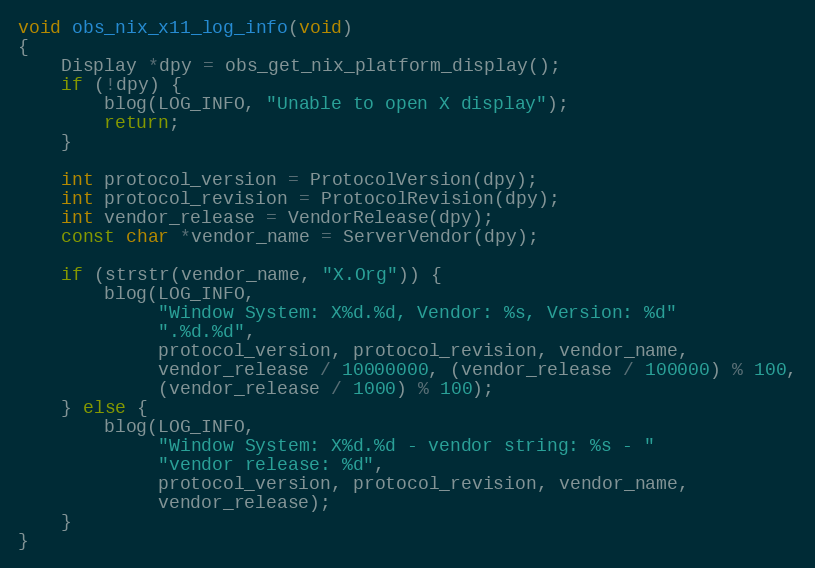
Language: C
void obs_nix_x11_log_info(void)
{
	Display *dpy = obs_get_nix_platform_display();
	if (!dpy) {
		blog(LOG_INFO, "Unable to open X display");
		return;
	}

	int protocol_version = ProtocolVersion(dpy);
	int protocol_revision = ProtocolRevision(dpy);
	int vendor_release = VendorRelease(dpy);
	const char *vendor_name = ServerVendor(dpy);

	if (strstr(vendor_name, "X.Org")) {
		blog(LOG_INFO,
		     "Window System: X%d.%d, Vendor: %s, Version: %d"
		     ".%d.%d",
		     protocol_version, protocol_revision, vendor_name,
		     vendor_release / 10000000, (vendor_release / 100000) % 100,
		     (vendor_release / 1000) % 100);
	} else {
		blog(LOG_INFO,
		     "Window System: X%d.%d - vendor string: %s - "
		     "vendor release: %d",
		     protocol_version, protocol_revision, vendor_name,
		     vendor_release);
	}
}